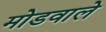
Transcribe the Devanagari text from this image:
मोडवाले